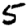
Digit: 5